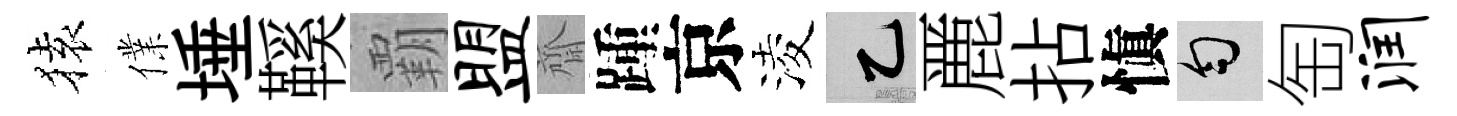
𫞤㒒埵鞵覇盟齋踵京淩乙䴡拈愼匀匋润